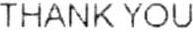
THANK YOU